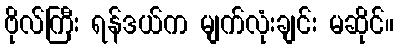
ဗိုလ်ကြီး ရန်ဒယ်က မျက်လုံးချင်း မဆိုင်။